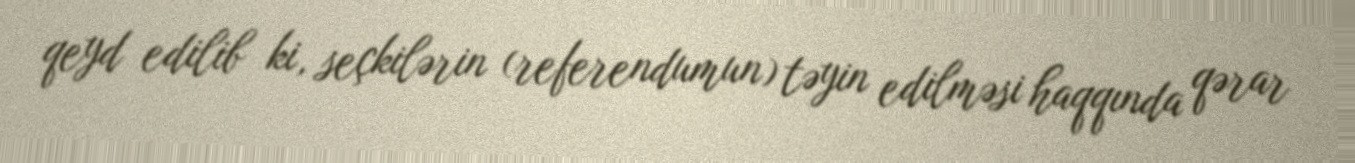
qeyd edilib ki, seçkilərin (referendumun) təyin edilməsi haqqında qərar